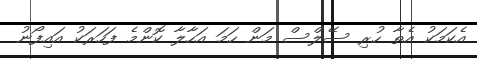
އެކަމަކު އެތާ ހުރި ސޭލްސް މަން ހަމަ އަހާލާ ކޮންމެ ފަހަރަކު އައިފޯނު